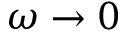
\omega \rightarrow 0